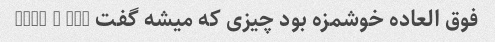
فوق العاده خوشمزه بود چیزی که میشه گفت such a wOw